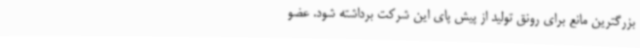
بزرگترین مانع برای رونق تولید از پیش پای این شرکت برداشته شود. عضو